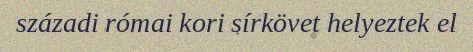
századi római kori sírkövet helyeztek el